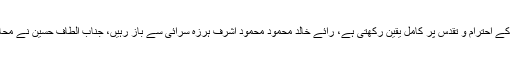
ایم کیو ایم آئین و قانون کی بالادستی اور عدلیہ کے احترام و تقدس پر کامل یقین رکھتی ہے، رائے خالد محمود محمود اشرف ہرزہ سرائی سے باز رہیں، جناب الطاف حسین نے محاز آرائی سے مکمل گریز کا سبق دیا ہےملتان۔